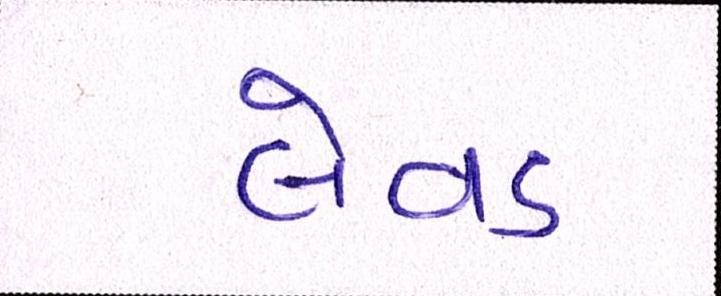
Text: લેવડ